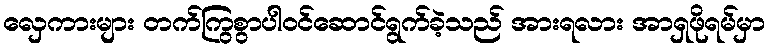
လှေကားများ တက်ကြွစွာပါဝင်ဆောင်ရွက်ခဲ့သည် အားရလား အာရှဖိုရမ်မှာ